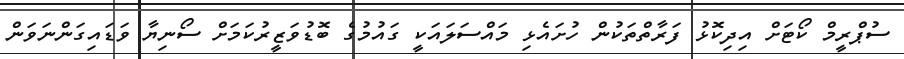
ސުޕްރީމް ކޯޓަށް އިދިކޮޅު ފަރާތްތަކުން ހުށައެޅި މައްސަލައަކީ ގައުމުގެ ބޮޑުވަޒީރުކަމަށް ސޯނިޔާ ވަޑައިގަންނަވަން